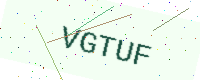
Text: VGTUF